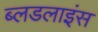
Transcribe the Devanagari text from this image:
ब्लडलाइंस